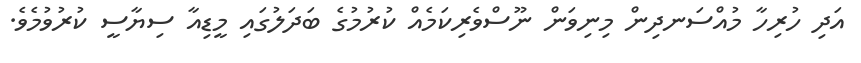
އަދި ހުރިހާ މުއްސަނދިން މިނިވަން ނޫސްވެރިކަމެއް ކުރުމުގެ ބަދަލުގައި މީޑިއާ ސިޔާސީ ކުރުވުމެވެ.